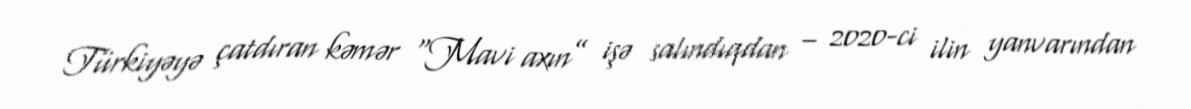
Türkiyəyə çatdıran kəmər “Mavi axın” işə salındıqdan – 2020-ci ilin yanvarından